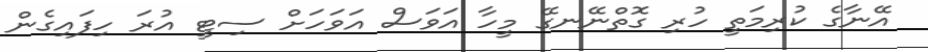
އޭނާގެ ކުރިމަތީ ހުރި ގޮތްނޭނގޭ މީހާ އަވަސް އަވަހަށް ސިޓީ އުރަ ހިފައިގެން